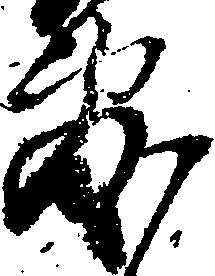
敷